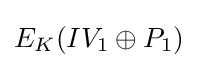
E_{K}(IV_{1}\oplus P_{1})